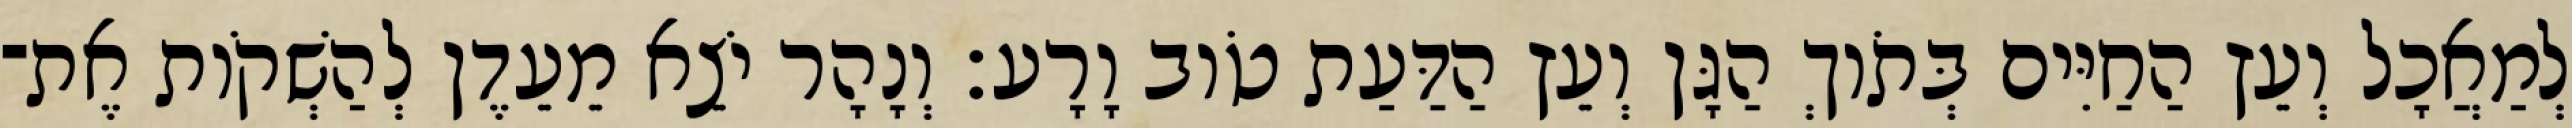
לְמַאֲכָל וְעֵץ הַחַיִּים בְּתֹוךְ הַגָּן וְעֵץ הַדַּעַת טֹוב וָרָע׃ וְנָהָר יֹצֵא מֵעֵדֶן לְהַשְׁקֹות אֶת־